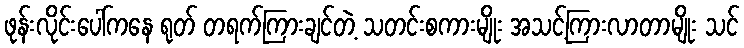
ဖုန်းလိုင်းပေါ်ကနေ ရုတ် တရက်ကြားချင်တဲ့ သတင်းစကားမျိုး အသင့်ကြားလာတာမျိုး သင်